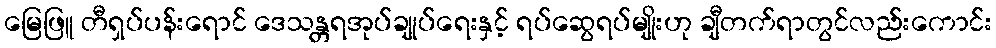
မြေဖြူ တီရှပ်ပန်းရောင် ဒေသန္တရအုပ်ချုပ်ရေးနှင့် ရပ်ဆွေရပ်မျိုးဟု ချီတက်ရာတွင်လည်းကောင်း